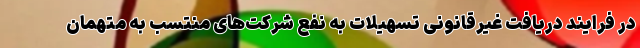
در فرایند دریافت غیرقانونی تسهیلات به نفع شرکت‌های منتسب به متهمان